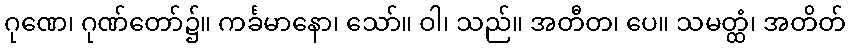
ဂုဏေ၊ ဂုဏ်တော်၌။ ကင်္ခမာနော၊ သော်။ ဝါ၊ သည်။ အတီတ၊ ပေ။ သမတ္ထံ၊ အတိတ်